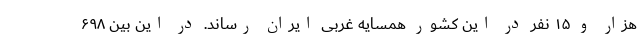
هزار و ۱۵ نفر در این کشور همسایه غربی ایران رساند. در این بین ۶۹۸